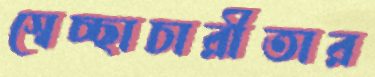
স্বেচ্ছাচারীতার